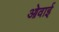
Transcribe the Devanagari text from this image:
ओवाई